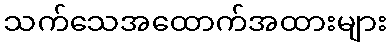
သက်သေအထောက်အထားများ